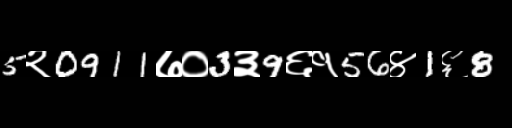
Text: 5२0911७०3३9६१56४1६8